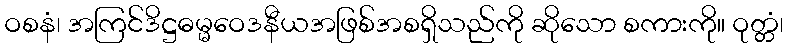
ဝစနံ၊ အကြင်ဒိဋ္ဌဓမ္မဝေဒနီယအဖြစ်အစရှိသည်ကို ဆိုသော စကားကို။ ဝုတ္တံ၊